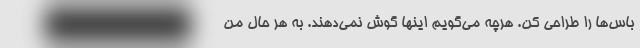
باس‌ها را طراحی کن. هرچه می‌گویم اینها گوش نمی‌دهند. به هر حال من